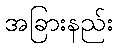
အခြားနည်း